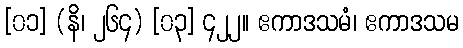
[၀၁] (နိ၊ ၂၆၄) [၀၃] ၄၂၂။ ဧကာဒသမံ၊ ဧကာဒသမ